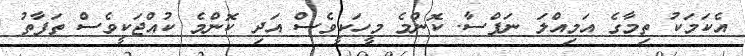
އެކަމަކު ތިމާގެ އަމިއްލަ ނަފްސާ. ކޮންމެ މީހަކީވެސް އަދި ކޮންމެ ކުއްޖަކީވެސް ތަފާތު